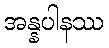
အန္နပါနဿ